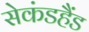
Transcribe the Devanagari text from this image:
सेकंडहैंड